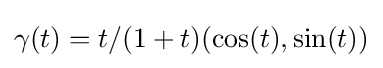
\gamma (t)=t/(1+t)(\cos(t),\sin(t))